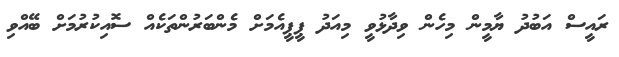
ރައީސް އަބުދު ޔާމީން މިހެން ވިދާޅުވީ މިއަދު ޕީޕީއެމަށް މެންބަރުންތަކެއް ސޮއިކުރުމަށް ބޭއްވި